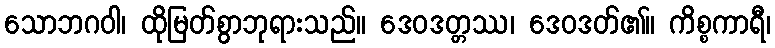
သောဘဂဝါ၊ ထိုမြတ်စွာဘုရားသည်။ ဒေဝဒတ္တဿ၊ ဒေဝဒတ်၏။ ကိစ္စကာရီ၊